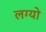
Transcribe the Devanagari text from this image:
लग्यो